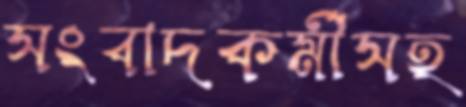
সংবাদকর্মীসহ